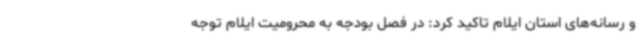
و رسانه‌های استان ایلام تاکید کرد: در فصل بودجه به محرومیت ایلام توجه